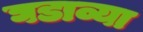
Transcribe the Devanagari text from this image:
घडाव्या